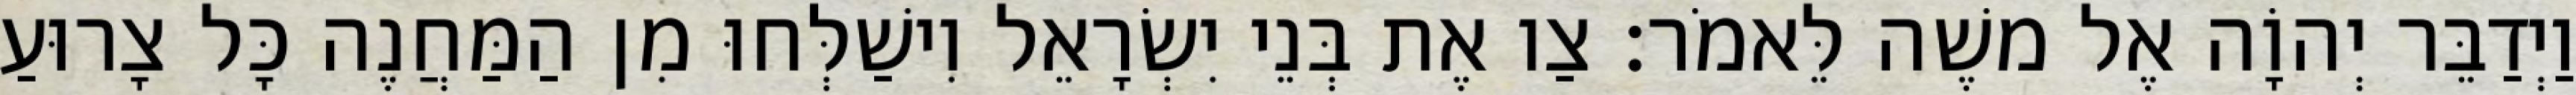
וַיְדַבֵּר יְהוָֹה אֶל משֶׁה לֵּאמֹר׃ צַו אֶת בְּנֵי יִשְׂרָאֵל וִישַׁלְּחוּ מִן הַמַּחֲנֶה כָּל צָרוּעַ